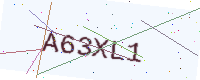
Text: A63XL1